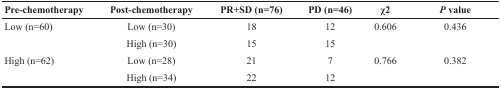
| Pre-chemotherapy | Post-chemotherapy | PR+SD (n=76) | PD (n=46) | χ2 | P value |
 | --- | --- | --- | --- | --- | --- |
 | <ROWSPAN=2> Low (n=60) | Low (n=30) | 18 | 12 | <ROWSPAN=2> 0.606 | <ROWSPAN=2> 0.436 |
 | High (n=30) | 15 | 15 |
 | <ROWSPAN=2> High (n=62) | Low (n=28) | 21 | 7 | <ROWSPAN=2> 0.766 | <ROWSPAN=2> 0.382 |
 | High (n=34) | 22 | 12 |